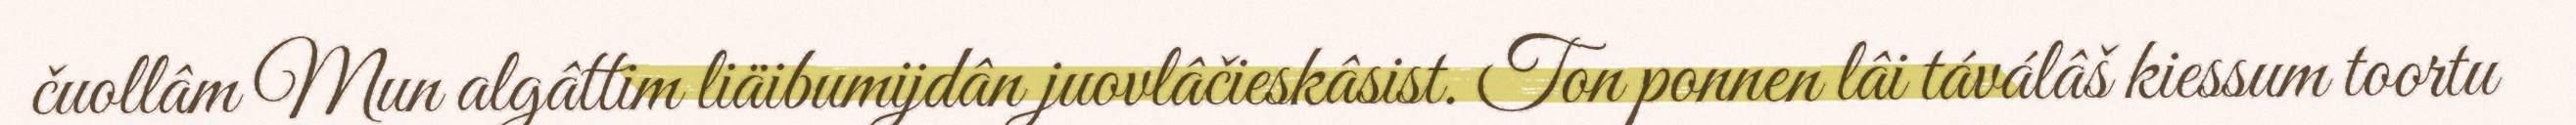
čuollâm Mun algâttim liäibumijdân juovlâčieskâsist. Ton ponnen lâi táválâš kiessum toortu